Scottish Leaving Certificate Examination, 1961
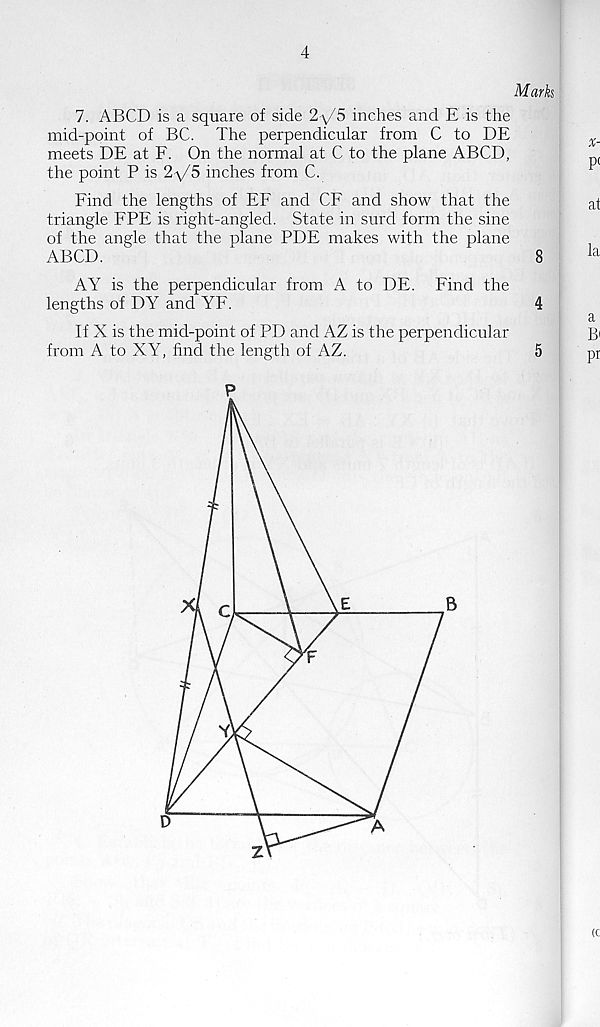
4
Marks
7. ABCD is a square of side 2-^/5 inches and E is the
mid-point of BC. The perpendicular from C to DE
meets DE at F. On the normal at C to the plane ABCD,
the point P is 2-\/5 inches from C.
Find the lengths of EF and CF and show that the
a t
triangle FPE is right-angled. State in surd form the sine
of the angle that the plane PDE makes with the plane
ABCD.
8
la
AY is the perpendicular from A to DE. Find the
lengths of DY and YF.
4
cl
If X is the mid-point of PD and AZ is the perpendicular
B'
from A to XY, find the length of AZ.
5
pr
(c